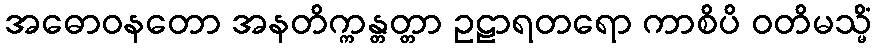
အဓောဝနတော အနတိက္ကန္တတ္တာ ဥဠာရတရော ကာစိပိ ဝတိမသ္မိံ